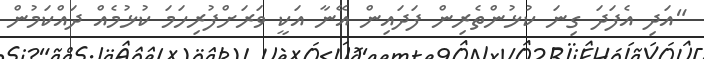
"އަދި އެފަދަ ގިނަ ކުޅުންތެރިން ފަދައިން އޭނާ އަކީ ވަރަށްފުރިހަމަ ކުޅުމެއް ދައްކަމުން